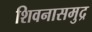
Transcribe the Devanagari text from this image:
शिवनासमुद्र